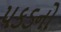
પકડનો